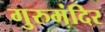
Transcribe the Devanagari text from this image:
गुरुमंदिर